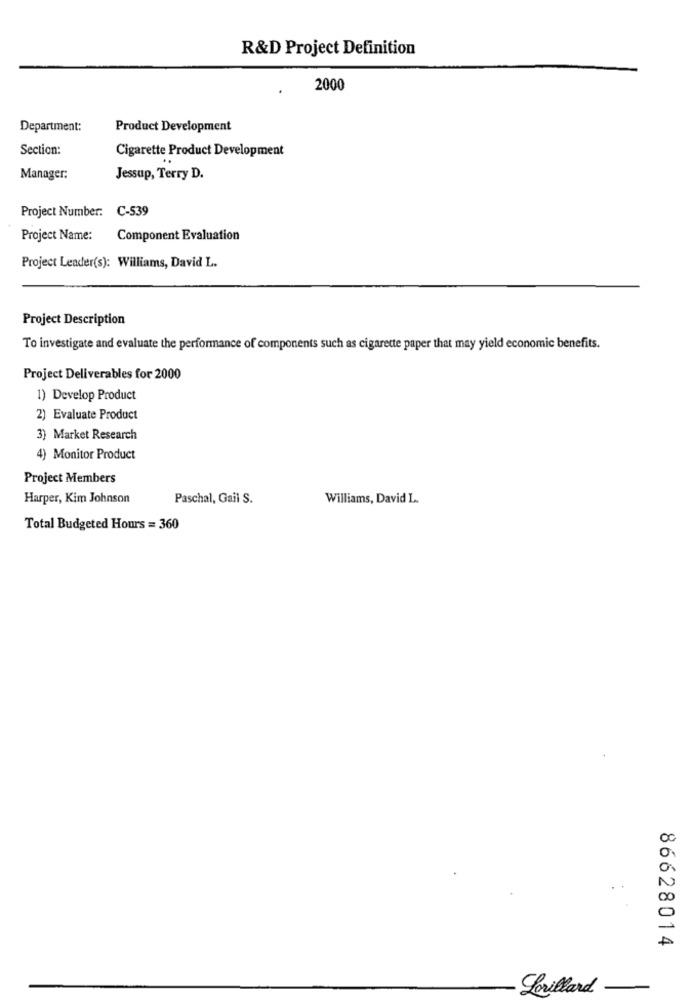
R&D Project Definition
2000
Department:
Product Development
Section:
Cigarette Product Development
..
Manager:
Jessup, Terry D.
Project Number: C-539
Project Name:
Component Evaluation
Project Leader(s): Williams, David L.
Project Description
To investigate and evaluate the performance of components such as cigarette paper that may yield economic benefits.
Project Deliverables for 2000
1) Develop Product
2) Evaluate Product
3) Market Research
4) Monitor Product
Project Members
Harper, Kim Johnson
Paschal, Gail S.
Williams, David L ..
Total Budgeted Hours = 360
86628014
Lorillard